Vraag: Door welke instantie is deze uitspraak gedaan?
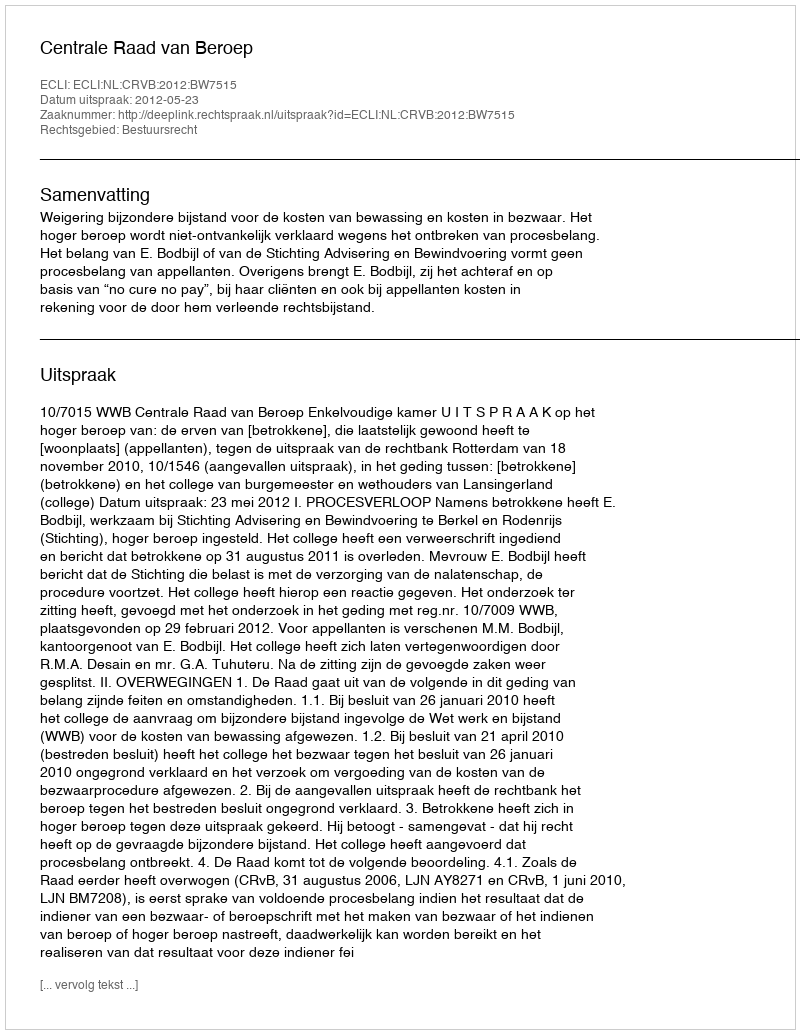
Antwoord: Centrale Raad van Beroep